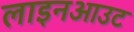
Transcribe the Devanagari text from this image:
लाइनआउट